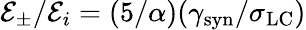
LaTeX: \mathcal{E}_{\pm}/\mathcal{E}_{i}=(5/\alpha)(\gamma_{\mathrm{syn}}/\sigma_{\mathrm{LC}})